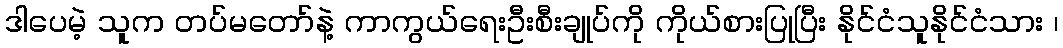
ဒါပေမဲ့ သူက တပ်မတော်နဲ့ ကာကွယ်ရေးဦးစီးချုပ်ကို ကိုယ်စားပြုပြီး နိုင်ငံသူနိုင်ငံသား ၊